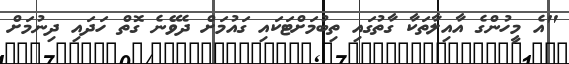
"އެ މީހުންގެ އާއިލާތަކާ ގާތުގައި ތިބުމަށްޓަކައި ގައުމަށް ދެވޭނެ ގޮތް ހަދައި ދިނުމަށް